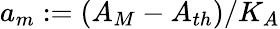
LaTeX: a_{m}:=(A_{M}-A_{th})/K_{A}